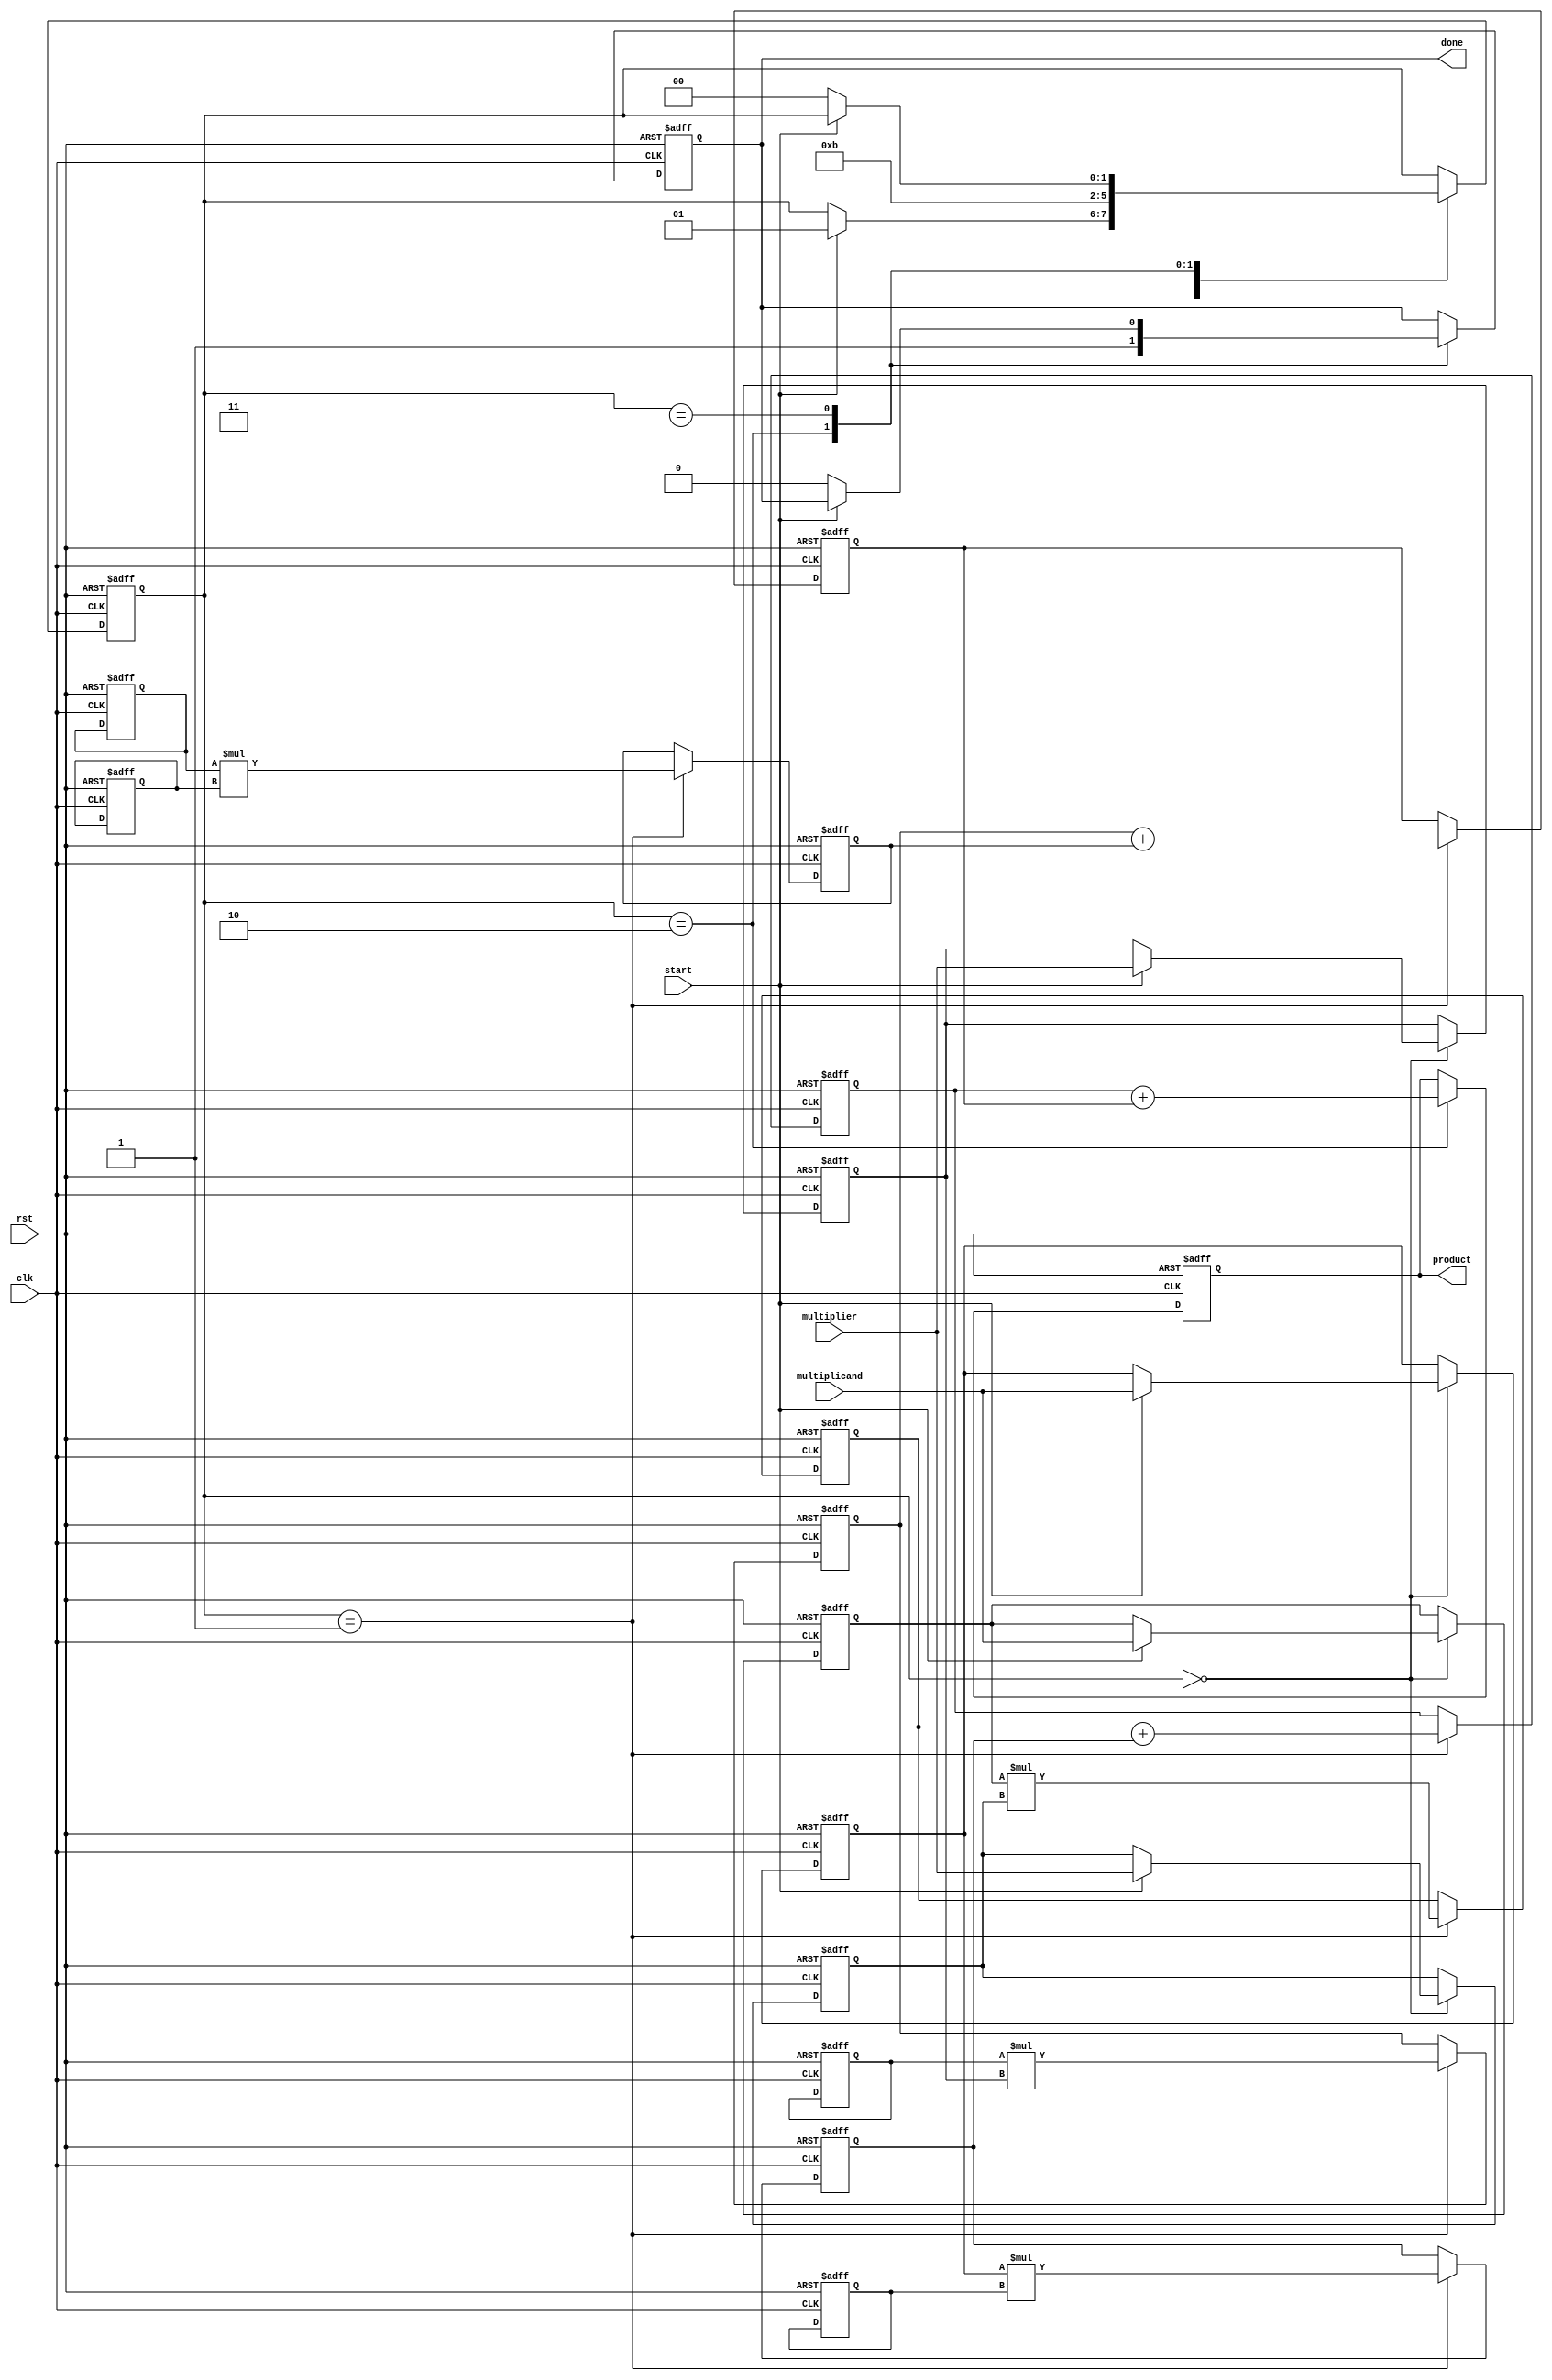
module systolic_multiplier #(
    parameter WIDTH = 8 // Bit-width of inputs and outputs
)(
    input clk,
    input rst,
    input [WIDTH-1:0] multiplicand,
    input [WIDTH-1:0] multiplier,
    input start,
    output reg [2*WIDTH-1:0] product,
    output reg done
);

    // Internal signals for the PEs
    reg [WIDTH-1:0] a[0:1][0:1]; // Multiplicand inputs for PEs
    reg [WIDTH-1:0] b[0:1][0:1]; // Multiplier inputs for PEs
    reg [2*WIDTH-1:0] p[0:1][0:1]; // Partial products from PEs
    reg [2*WIDTH-1:0] sum[0:1]; // Accumulated sums for final output

    integer i, j;

    // State machine for control logic
    reg [1:0] state;
    localparam IDLE = 2'b00, LOAD = 2'b01, COMPUTE = 2'b10, DONE = 2'b11;

    always @(posedge clk or posedge rst) begin
        if (rst) begin
            // Reset all registers
            product <= 0;
            done <= 0;
            state <= IDLE;
            for (i = 0; i < 2; i = i + 1) begin
                for (j = 0; j < 2; j = j + 1) begin
                    a[i][j] <= 0;
                    b[i][j] <= 0;
                    p[i][j] <= 0;
                end
            end
            sum[0] <= 0;
            sum[1] <= 0;
        end else begin
            case (state)
                IDLE: begin
                    if (start) begin
                        // Load inputs into the PEs
                        a[0][0] <= multiplicand;
                        a[0][1] <= multiplicand;
                        b[0][0] <= multiplier;
                        b[1][0] <= multiplier;
                        state <= LOAD;
                    end
                end

                LOAD: begin
                    // Perform multiplication in PEs
                    p[0][0] <= a[0][0] * b[0][0];
                    p[0][1] <= a[0][1] * b[0][1];
                    p[1][0] <= a[1][0] * b[1][0];
                    p[1][1] <= a[1][1] * b[1][1];

                    // Accumulate results
                    sum[0] <= p[0][0] + p[0][1];
                    sum[1] <= p[1][0] + p[1][1];

                    state <= COMPUTE;
                end

                COMPUTE: begin
                    // Final accumulation of results
                    product <= sum[0] + sum[1];
                    done <= 1; // Indicate that the multiplication is done
                    state <= DONE;
                end

                DONE: begin
                    // Wait for reset or new start signal
                    if (!start) begin
                        done <= 0;
                        state <= IDLE;
                    end
                end
            endcase
        end
    end
endmodule